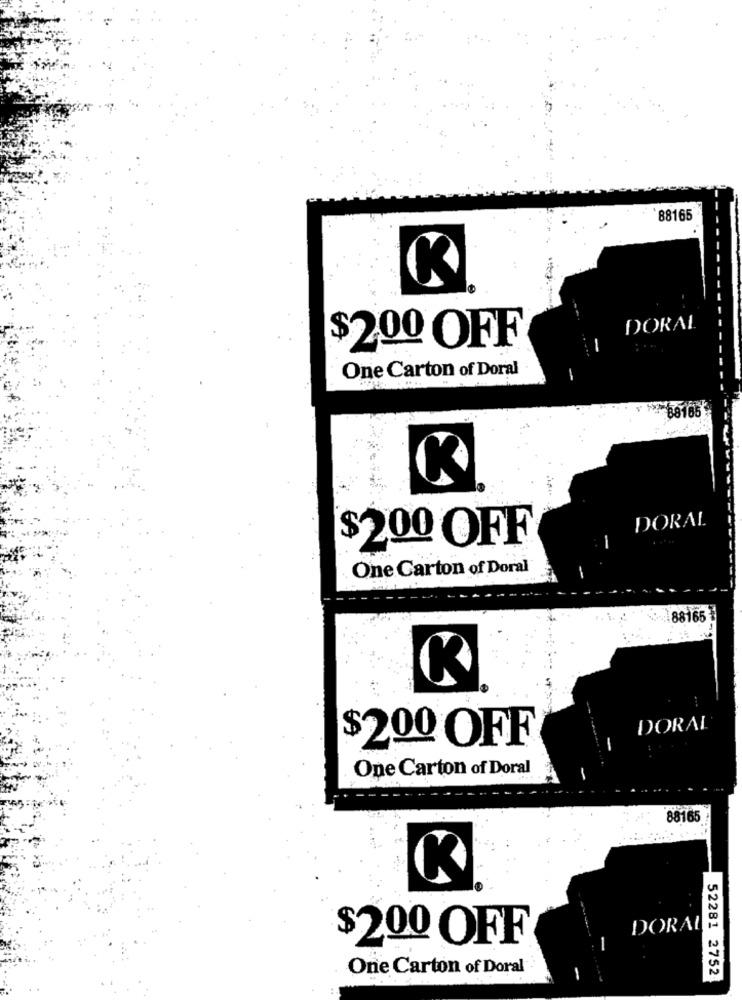
88165
K
DORAL
$200 OFF
One Carton of Doral
88165
K
DORAL
1
$200 OFF
One Carton of Doral
- --
88165
DORAL
$200 OFF
One Carton of Doral
88165
K
DORAL
$200 OFF
-
One Carton of Doral
52281 2752